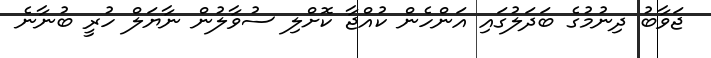
ޖަވާބު ދިނުމުގެ ބަދަލުގައި އަންހެން ކުއްޖާ ކޮށްލި ސުވާލުން ނާޔަލް ހުރީ ބުނާނެ